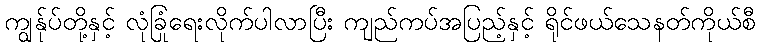
ကျွန်ုပ်တို့နှင့် လုံခြုံရေးလိုက်ပါလာပြီး ကျည်ကပ်အပြည့်နှင့် ရိုင်ဖယ်သေနတ်ကိုယ်စီ